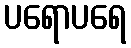
ပရောပရေ